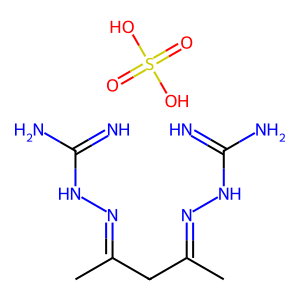
SMILES: CC(CC(C)=NNC(=N)N)=NNC(=N)N.O=S(=O)(O)O
Inhibits HIV replication: No